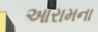
આરામના